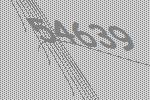
54639